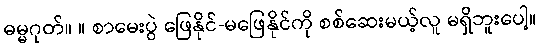
ဓမ္မဂုတ်။ ။ စာမေးပွဲ ဖြေနိုင်-မဖြေနိုင်ကို စစ်ဆေးမယ့်လူ မရှိဘူးပေါ့။